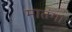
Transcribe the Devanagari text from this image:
मातंगा